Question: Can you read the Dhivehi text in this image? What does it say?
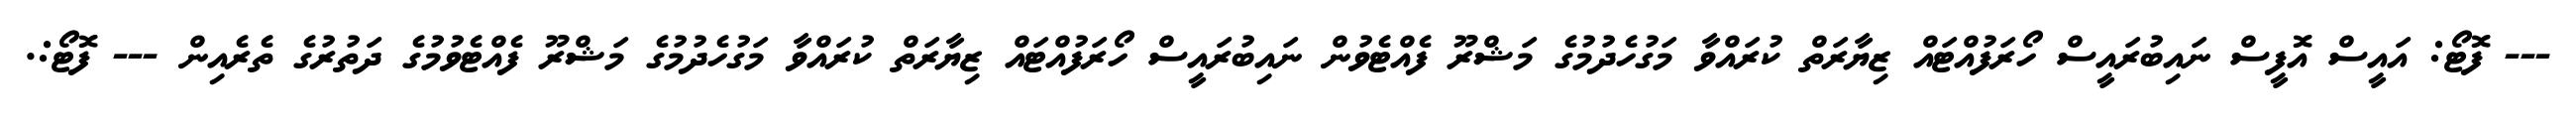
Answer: --- ފޮޓޯ: އައީސް އޮފީސް ނައިބުރައީސް ހޯރަފުއްޓައް ޒިޔާރަތް ކުރައްވާ މަގުހެދުމުގެ މަޝްރޫ ފެއްޓެވުން ނައިބުރައީސް ހޯރަފުއްޓައް ޒިޔާރަތް ކުރައްވާ މަގުހެދުމުގެ މަޝްރޫ ފެއްޓެވުމުގެ ދަތުރުގެ ތެރެއިން --- ފޮޓޯ:.